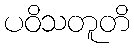
ပဝိသတူတိ